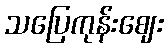
သပြေကုန်းဈေး